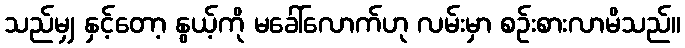
သည်မျှ နှင့်တော့ နွယ့်ကို မခေါ်လောက်ဟု လမ်းမှာ စဉ်းစားလာမိသည်။